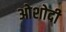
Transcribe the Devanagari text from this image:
ओशोदी